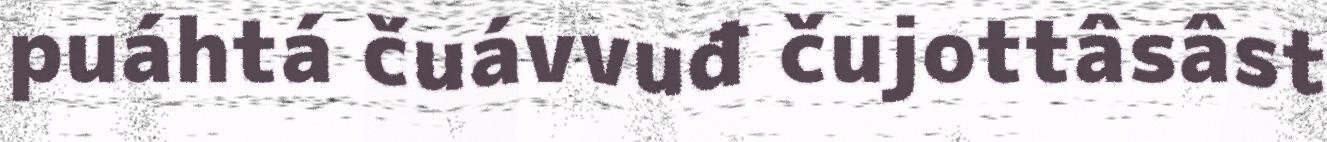
puáhtá čuávvuđ čujottâsâst